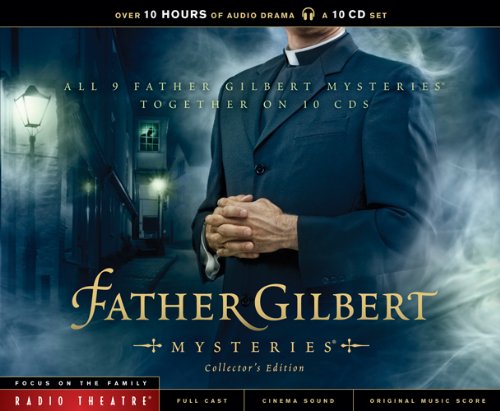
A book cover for Father Gilbert Mysteries Collector's Edition (Radio Theatre); Christian Books & Bibles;